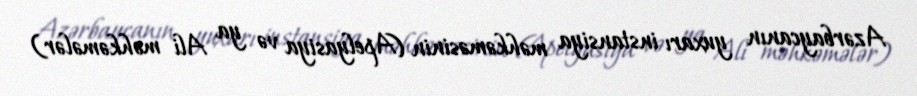
Azərbaycanın yuxarı instansiya məhkəməsinin (Apelyasiya və ya Ali məhkəmələr)